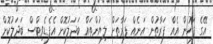
އޭގެ ފަހުން އެއް ފަރާތުން އަނެއް ފަރާތަށް ލިޔުންތައް ބަދަލުކޮށް އެފެޑެވިޓްސް ބަދަލުކޮށް